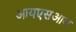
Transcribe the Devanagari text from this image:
आयएसआय